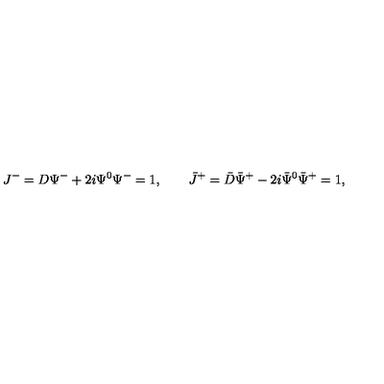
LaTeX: J ^ { - } = D \Psi ^ { - } + 2 i \Psi ^ { 0 } \Psi ^ { - } = 1 , \qquad \bar { J } ^ { + } = \bar { D } \bar { \Psi } ^ { + } - 2 i \bar { \Psi } ^ { 0 } \bar { \Psi } ^ { + } = 1 ,